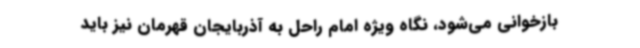
بازخوانی می‌شود، نگاه ویژه امام راحل به آذربایجان قهرمان نیز باید